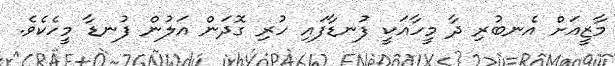
މާޒީއަށް އެނބުރި ދާ މީހާއަކީ ފުނޑާފައި ހުރި ގޮދަން އަލުން ފުނޑާ މީހެކެވެ.